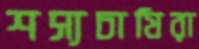
শস্যচাষিরা